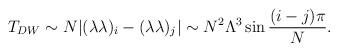
LaTeX: \begin{align*}T_{DW}\sim N|(\lambda\lambda)_i-(\lambda\lambda)_j|\sim N^2\Lambda^3 \sin{{(i-j)\pi \over N}}.\end{align*}